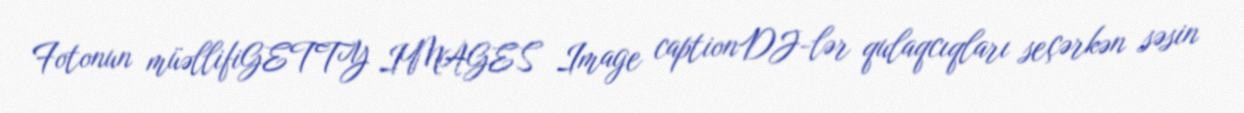
Fotonun müəllifiGETTY IMAGES Image captionDJ-lər qulaqcıqları seçərkən səsin